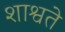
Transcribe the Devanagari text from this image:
शाश्वते